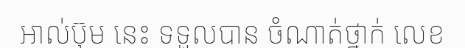
អាល់ប៊ុម នេះ ទទួលបាន ចំណាត់ថ្នាក់ លេខ